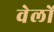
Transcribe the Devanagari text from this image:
वेलों